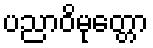
ပညာဝိမုတ္တော